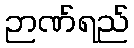
ဉာဏ်ရည်